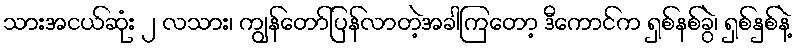
သားအငယ်ဆုံး ၂ လသား၊ ကျွန်တော်ပြန်လာတဲ့အခါကြတော့ ဒီကောင်က ရှစ်နစ်ခွဲ၊ ရှစ်နှစ်နဲ့